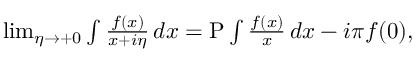
\begin{array} { r } { \operatorname* { l i m } _ { \eta \rightarrow + 0 } \int \frac { f ( x ) } { x + i \eta } \, d x = \mathrm { P } \int \frac { f ( x ) } { x } \, d x - i \pi f ( 0 ) , } \end{array}